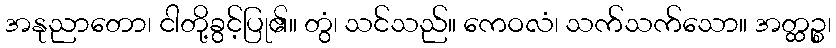
အနုညာတော၊ ငါတို့ခွင့်ပြု၏။ တွံ၊ သင်သည်။ ကေဝလံ၊ သက်သက်သော။ အတ္ထဉ္စ၊